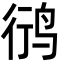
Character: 鸻